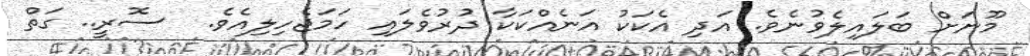
މޫނަށް ބަލައިލެވުނެވެ. އަދި އެކަކު އަނެއްކަކާ ދުރުވެލައި ހަމަޖެހިލިއެވެ.  ސޮރީ.. ގަތް